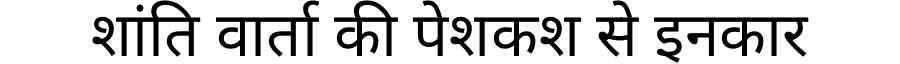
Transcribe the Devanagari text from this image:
शांति वार्ता की पेशकश से इनकार